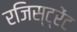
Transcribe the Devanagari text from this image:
रजिस्ट्रेंट